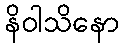
နိဝါသိနော